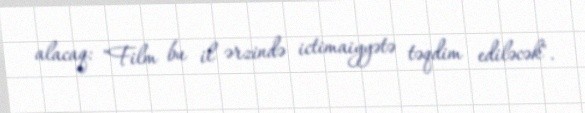
alacaq: "Film bu il ərzində ictimaiyyətə təqdim ediləcək".